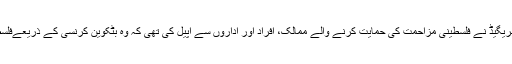
گذشتہ برس 24 مارچ کو القسام بریگیڈ نے فلسطینی مزاحمت کی حمایت کرنے والے ممالک، افراد اور اداروں سے اپیل کی تھی کہ وہ بٹکوین کرنسی کے ذریعےفلسطینی مجاہدین کی مالی مدد کریں۔